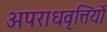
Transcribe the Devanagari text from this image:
अपराधवृत्तियों